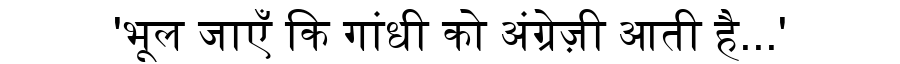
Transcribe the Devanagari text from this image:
'भूल जाएँ कि गांधी को अंग्रेज़ी आती है...'